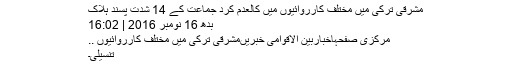
مشرقی ترکی میں مختلف کارروائیوں میں کالعدم کرد جماعت کے 14 شدت پسند ہلاک
بدھ 16 نومبر 2016 | 16:02
مرکزی صفحہاخباربین الاقوامی خبریںمشرقی ترکی میں مختلف کارروائیوں ..
تنسیلی۔